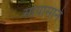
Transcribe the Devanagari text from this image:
सायासाने